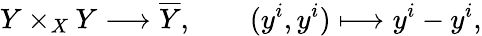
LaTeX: Y\times_{X}Y\longrightarrow{\overline{{Y}}},\qquad(y^{i},y^{i})\longmapsto y^{i}-y^{i},